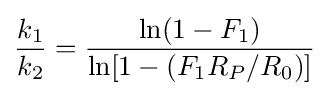
{k_{1} \over k_{2}}={\frac {\ln(1-F_{1})}{\ln[1-(F_{1}R_{P}/R_{0})]}}